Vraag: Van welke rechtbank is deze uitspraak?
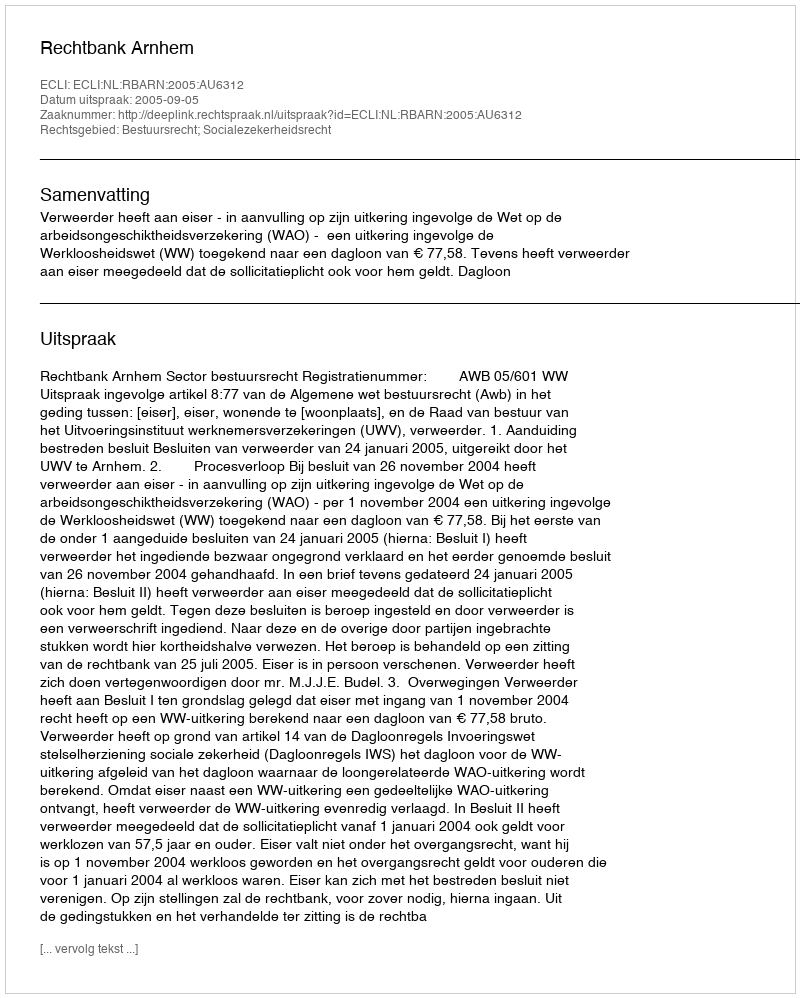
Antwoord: Rechtbank Arnhem